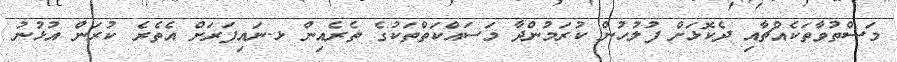
މަސްތުވާތަކެއްޗާއި ދެކޮޅަށް ފުލުހުން ކުރަމުންދާ މަސައްކަތްތަކުގެ ތެރެއިން ޅ.ނައިފަރަށް އެތެރެ ކުރަން އުޅުނު